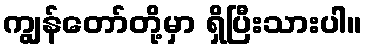
ကျွန်တော်တို့မှာ ရှိပြီးသားပါ။